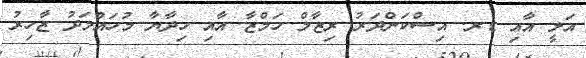
އަލީ އާއި ޑރ. އިސްކަންދަރު ރިޒާލް ހަމްޒާ އާއި ހިދާޔާ މުހައްމަދު ޒާހިރު